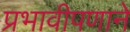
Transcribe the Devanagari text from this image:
प्रभावीपणाने